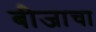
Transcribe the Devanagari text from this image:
बीजाचा